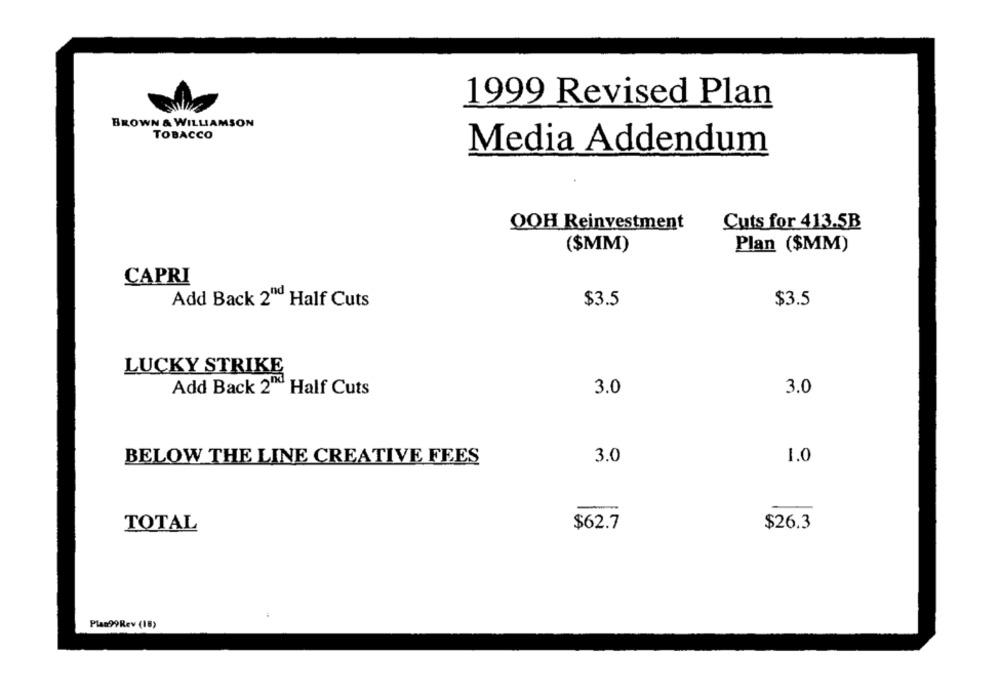
1999 Revised Plan
BROWN & WILLIAMSON
TOBACCO
Media Addendum
OOH Reinvestment
Cuts for 413.5B
($MM)
Plan ($MM)
CAPRI
Add Back 2" Half Cuts
$3.5
$3.5
LUCKY STRIKE
Add Back 2" Half Cuts
3.0
3.0
BELOW THE LINE CREATIVE FEES
3.0
1.0
TOTAL
$62.7
$26.3
Plan99Rev (18)